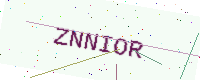
Text: ZNNIOR